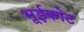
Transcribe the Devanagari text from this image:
भूईकोट